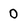
Character: 0